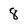
Character: 8